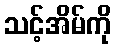
သင့်အိမ်ကို